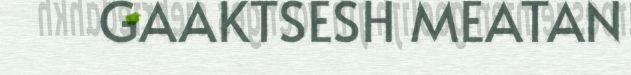
GAAKTSESH MEATAN